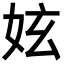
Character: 妶